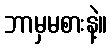
ဘာမှမစားနဲ့။